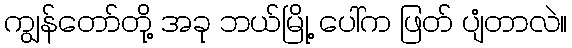
ကျွန်တော်တို့ အခု ဘယ်မြို့ ပေါ်က ဖြတ် ပျံတာလဲ။